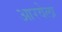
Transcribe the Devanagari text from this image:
आरवेला